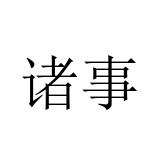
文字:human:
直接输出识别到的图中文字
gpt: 诸事